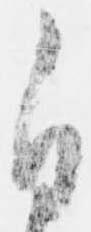
自